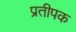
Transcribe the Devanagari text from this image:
प्रतीपक